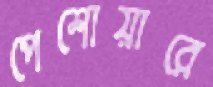
পেশোয়ারে